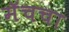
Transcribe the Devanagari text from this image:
मॅचचा